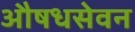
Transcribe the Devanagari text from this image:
औषधसेवन